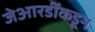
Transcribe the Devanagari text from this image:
जेआरडींकडून